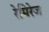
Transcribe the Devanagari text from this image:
रेमिरेज